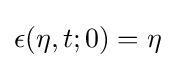
\epsilon (\eta ,t;0)=\eta